Indian journal of veterinary science and animal husbandry - Volume 1,
Year: 1931
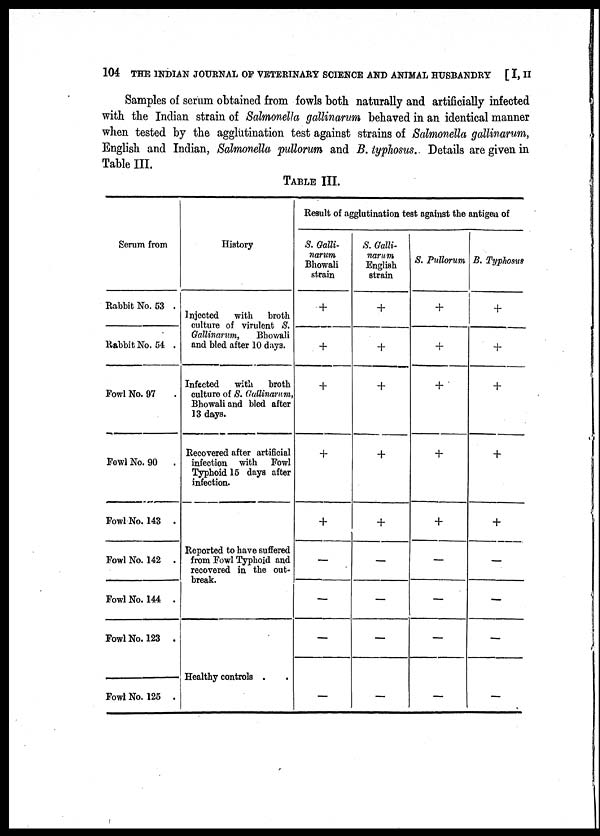
104 THE INDIAN JOURNAL OF VETERINARY SCIENCE AND ANIMAL HUSBANDRY [ I, II
Samples of serum obtained from fowls both naturally and artificially infected
with the Indian strain of Salmonella gallinarum behaved in an identical manner
when tested by the agglutination test against strains of Salmonella gallinarum,
English and Indian, Salmonella pullorum and B. typhosus. Details are given in
Table III.
TABLE III.
Serum from
Rabbit No. 53 .
Rabbit No. 54 .
Fowl No. 97
Fowl No. 90 .
Fowl No. 143 .
Fowl No. 142 .
Fowl No. 144 .
Fowl No. 123 .
Fowl No. 125 .
History
Injected
with broth
culture of virulent S.
Gallinarum, Bhowali
and bled after 10 days.
Infected
with
broth
culture of S. Gallinarum,
Bhowali and bled after
13 days.
Recovered after artificial
infection with Fowl
Typhoid 15 days after
infection.
Reported to have suffered
from Fowl Typhoid and
recovered in the out-
break.
Healthy controls .
Result of agglutination test against the antigen of
S. Galli¬
narum
Bhowali
strain
+
+
+
+
+
—
—
—
_
S. Galli-
narum
English
strain
+
+
+
+
+
—
__
—
__
S. Pullorum
+
+
+
+
+
—
—
—
__
B. Typhosus
+
+
+
+
+
—
—
—
—